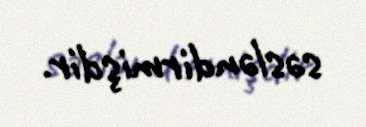
səsləndirmişdir.